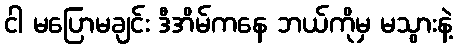
ငါ မပြောမချင်း ဒီအိမ်ကနေ ဘယ်ကိုမှ မသွားနဲ့